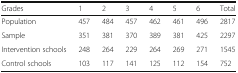
| Grades | 1 | 2 | 3 | 4 | 5 | 6 | Total |
 | --- | --- | --- | --- | --- | --- | --- | --- |
 | Population | 457 | 484 | 457 | 462 | 461 | 496 | 2817 |
 | Sample | 351 | 381 | 370 | 389 | 381 | 425 | 2297 |
 | Intervention schools | 248 | 264 | 229 | 264 | 269 | 271 | 1545 |
 | Control schools | 103 | 117 | 141 | 125 | 112 | 154 | 752 |